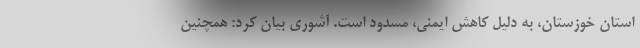
استان خوزستان، به دلیل کاهش ایمنی، مسدود است. آشوری بیان کرد: همچنین